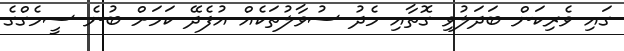
ގައި ވެރިކަން ބަދަލުވި ގޮތާއި މެދު ސުވާލުތަކެއް އުފެދޭ ކަމަށް ބުނެ ސީމެގްގެ